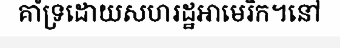
គាំទ្រដោយសហរដ្ឋអាមេរិក។នៅ